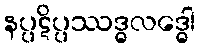
နပ္ပဋိပ္ပဿဒ္ဓလဒ္ဓေါ